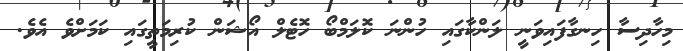
މިހާދިސާ ހިނގާފައިވަނީ ލަންކާގައި ހުންނަ ކޮލަމްބޯ ހޮޓެލް އޯޝަން ކުރިމަތީގައި ކަމަށްވެ އެވެ.